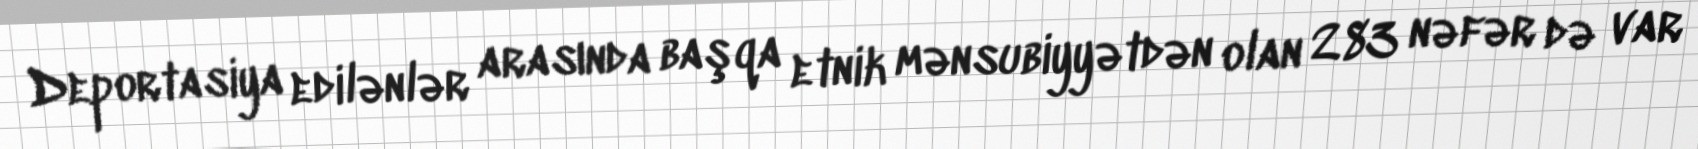
Deportasiya edilənlər arasında başqa etnik mənsubiyyətdən olan 283 nəfər də var